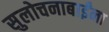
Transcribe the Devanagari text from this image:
सुलोचनाबाईंना